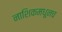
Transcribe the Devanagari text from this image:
नाशिकमधूनच